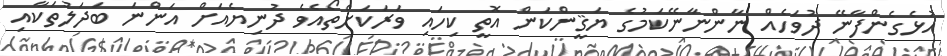
އުޅެގެންފާނޭ ދުވަހެއް ނާންނާނޭކަމުގެ ޔަޤީންކަން އޮތީ ކިހައި ވަރަކަށްތޯއެވެ ދުނިޔެއަށް އަންނަ ބަދަލުތަކާއި